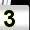
Digit: 3